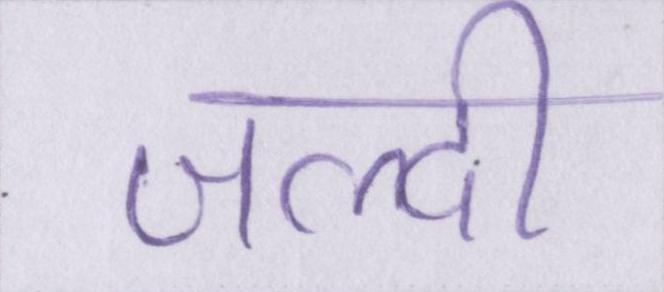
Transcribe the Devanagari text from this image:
जल्दी